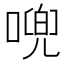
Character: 𱔍